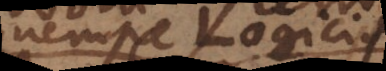
nempe Logicis,